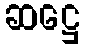
ဆဋ္ဌေ